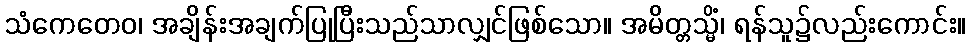
သံကေတေဝ၊ အချိန်းအချက်ပြုပြီးသည်သာလျှင်ဖြစ်သော။ အမိတ္တသ္မိံ၊ ရန်သူ၌လည်းကောင်း။